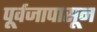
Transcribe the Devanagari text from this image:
पूर्वजापासून